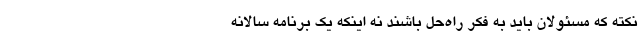
نکته که مسئولان باید به فکر راه‌حل باشند نه اینکه یک برنامه سالانه